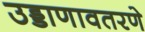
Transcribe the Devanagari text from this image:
उड्डाणावतरणे